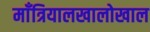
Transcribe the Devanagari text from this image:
माँत्रियालखालोखाल